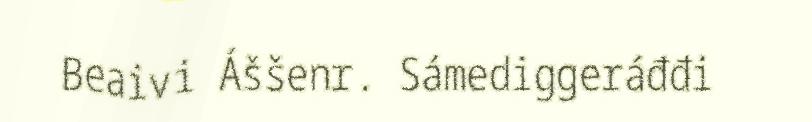
Beaivi Áššenr. Sámediggeráđđi